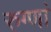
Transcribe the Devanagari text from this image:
रुग्णां